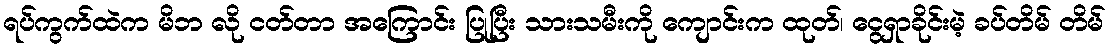
ရပ်ကွက်ထဲက မိဘ လို ငတ်တာ အကြောင်း ပြုပြီး သားသမီးကို ကျောင်းက ထုတ်၊ ငွေရှာခိုင်းမဲ့ ခပ်တိမ် တိမ်